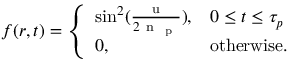
f ( \boldsymbol { r } , t ) = \left\{ \begin{array} { l l } { \sin ^ { 2 } ( \frac { \mathrm { ~ u ~ } } { 2 \mathrm { ~ n ~ } _ { \mathrm { ~ p ~ } } } ) , } & { 0 \leq t \leq \tau _ { p } } \\ { 0 , } & { \mathrm { o t h e r w i s e . } } \end{array} \right.